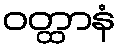
ဝတ္ထာနံ